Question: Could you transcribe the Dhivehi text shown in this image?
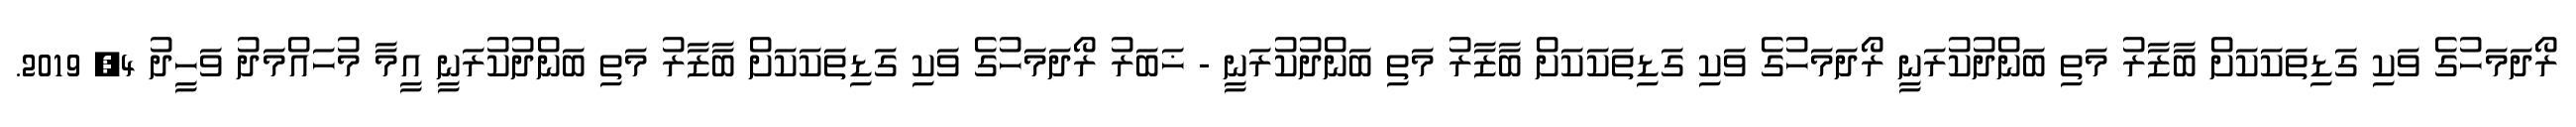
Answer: ރޯދަމަހުގެ ވަކި ގަޑިތަކަކަށް ބާޒާރު މަތި ބަންދުކުރަނީ ރޯދަމަހުގެ ވަކި ގަޑިތަކަކަށް ބާޒާރު މަތި ބަންދުކުރަނީ - ޚަބަރު ރޯދަމަހުގެ ވަކި ގަޑިތަކަކަށް ބާޒާރު މަތި ބަންދުކުރަނީ އީމާ މުހައްމަދު ވަހީދު 4, 2019.